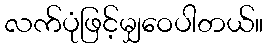
လက်ပုံဖြင့်မျှဝေပါတယ်။